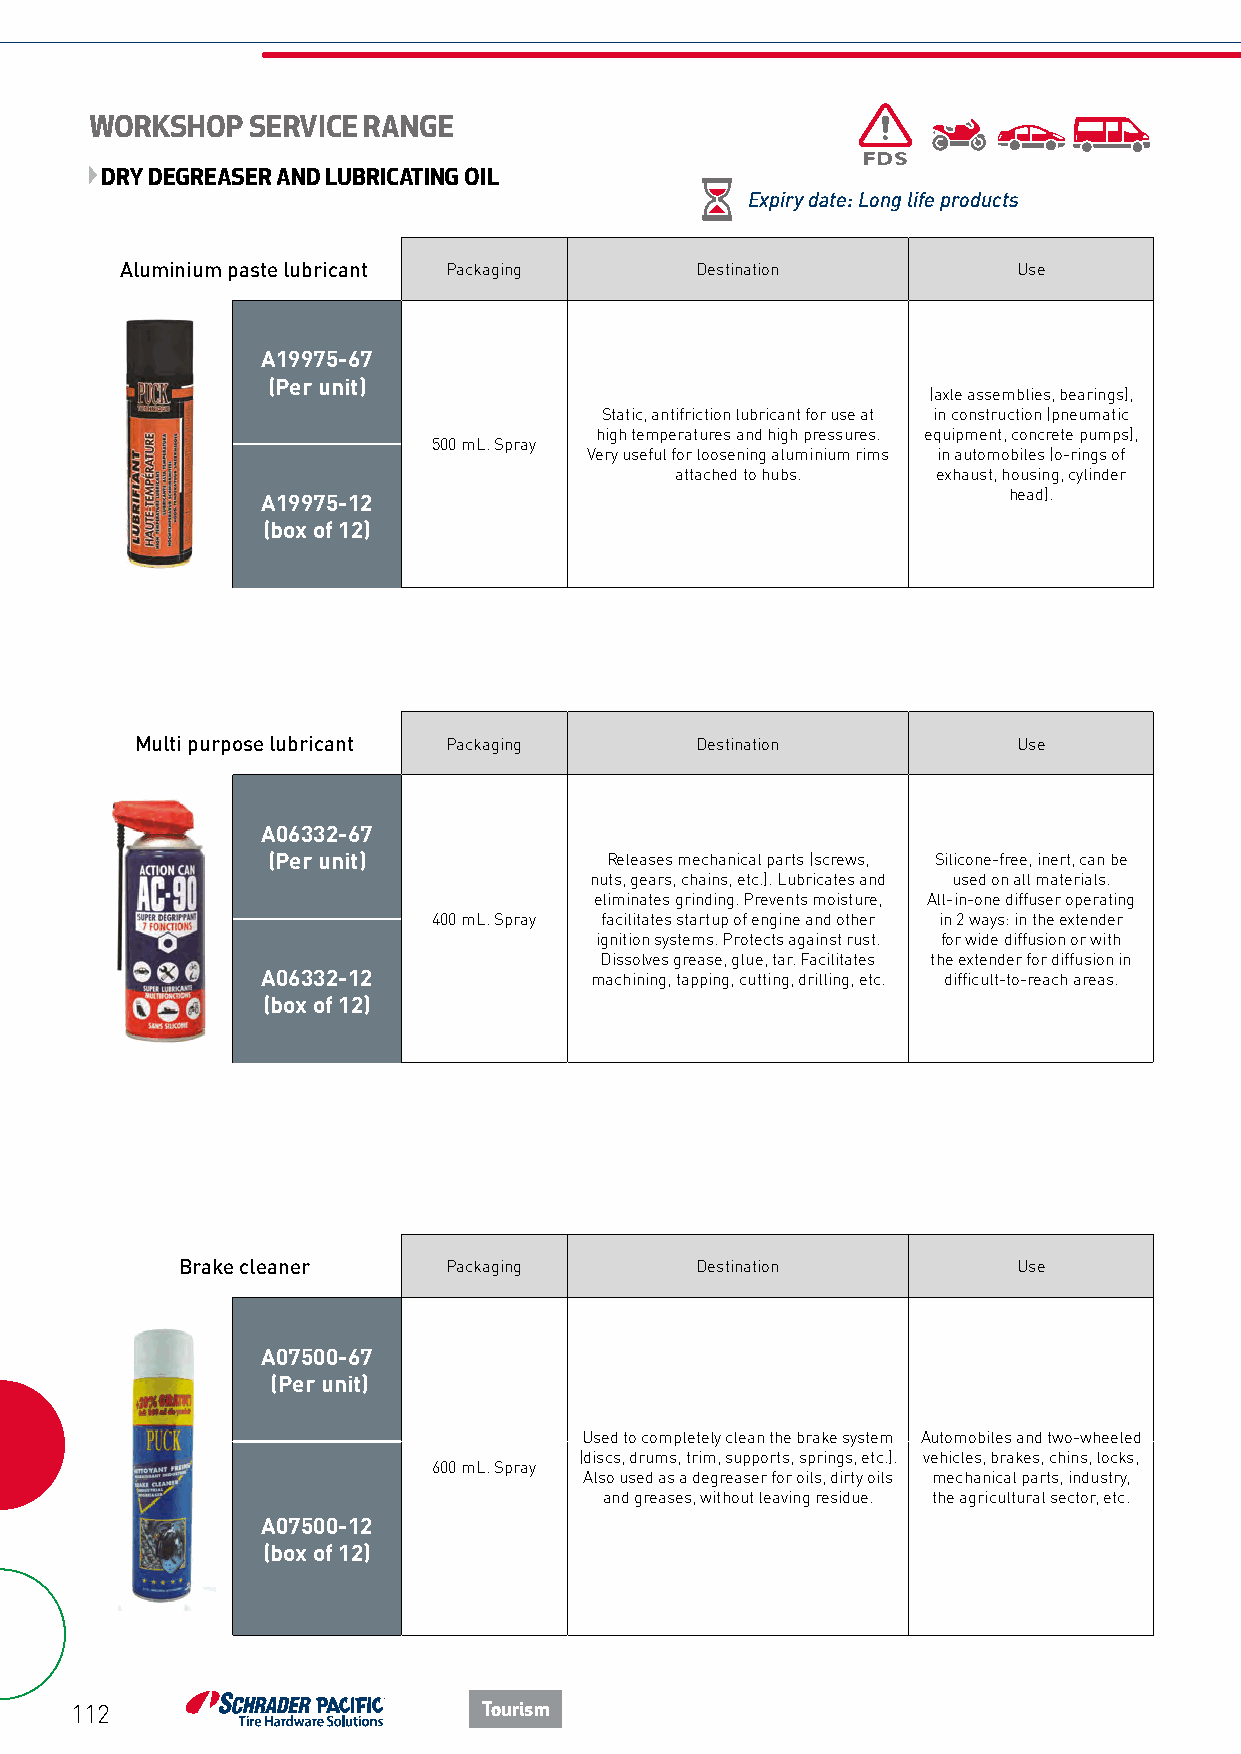
WORKSHOP  SERVICE RANGE
 DRY DEGREASER AND LUBRICATING OIL
 Expiry date: Long life products
 Aluminium paste lubricant Packaging   Destination          Use
 A19975-67
 (Per unit)
 (axle assemblies, bearings),
 Static, antifriction lubricant for use at in construction (pneumatic
 high temperatures and high pressures. equipment, concrete pumps),
 500 mL. Spray
 Very useful for loosening aluminium rims in automobiles (o-rings of
 attached to hubs. exhaust, housing, cylinder
 A19975-12                                         head).
 (box of 12)
 Multi purpose lubricant Packaging    Destination          Use
 A06332-67
 (Per unit)            Releases mechanical parts (screws, Silicone-free, inert, can be
 nuts, gears, chains, etc.). Lubricates and used on all materials.
 eliminates grinding. Prevents moisture, All-in-one diffuser operating
 400 mL. Spray facilitates startup of engine and other in 2 ways: in the extender
 ignition systems. Protects against rust. for wide diffusion or with
 Dissolves grease, glue, tar. Facilitates the extender for diffusion in
 A06332-12             machining, tapping, cutting, drilling, etc. difficult-to-reach areas.
 (box of 12)
 Brake cleaner     Packaging       Destination          Use
 A07500-67
 (Per unit)
 Used to completely clean the brake system Automobiles and two-wheeled
 (discs, drums, trim, supports, springs, etc.). vehicles, brakes, chins, locks,
 600 mL. Spray
 Also used as a degreaser for oils, dirty oils mechanical parts, industry,
 and greases, without leaving residue. the agricultural sector, etc.
 A07500-12
 (box of 12)
 112                        Tourism